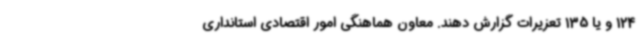
124 و یا 135 تعزیرات گزارش دهند. معاون هماهنگی امور اقتصادی استانداری